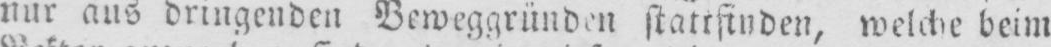
nur aus dringenden Beweggründen stattfinden, welche beim